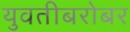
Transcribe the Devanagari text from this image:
युवतीबरोबर